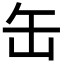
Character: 缶